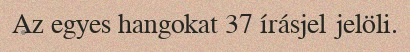
Az egyes hangokat 37 írásjel jelöli.